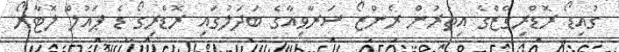
ގުއިޑޯ ރޮޑްރިގޭޒްގެ އިތުރުން ރެންޒޯ ސަރާވިއާގެ ބަދަލުގައި ރޮޑްރިގޯ ޑެ ޕައުލް ލޮޓާރޯ